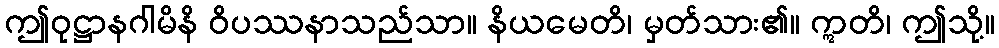
ဤဝုဋ္ဌာနဂါမိနိ ဝိပဿနာသည်သာ။ နိယမေတိ၊ မှတ်သား၏။ ဣတိ၊ ဤသို့။